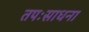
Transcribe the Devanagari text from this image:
तपःसाधना